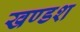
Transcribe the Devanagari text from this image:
खण्डश